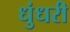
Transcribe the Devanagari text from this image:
धुंधरी